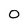
Character: 0